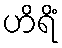
ဟိရိံ